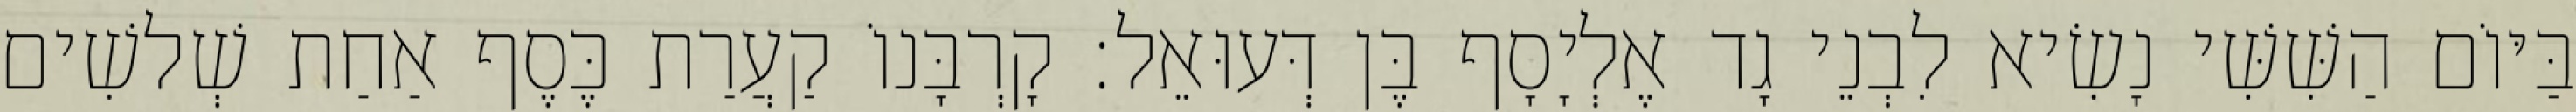
בַּיּוֹם הַשִּׁשִּׁי נָשִׂיא לִבְנֵי גָד אֶלְיָסָף בֶּן דְּעוּאֵל׃ קָרְבָּנוֹ קַעֲרַת כֶּסֶף אַחַת שְׁלשִׁים